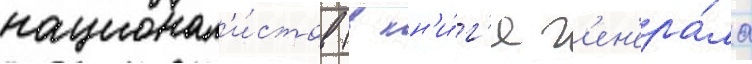
национал'и́стов (в кн'и́г'е г'ен'ера́ла